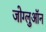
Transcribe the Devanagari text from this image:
जोग्लुऑन